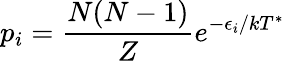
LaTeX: p_{i}=\frac{N(N-1)}{Z}e^{-\epsilon_{i}/kT^{*}}